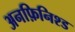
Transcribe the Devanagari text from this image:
अनफ़िनिश्ड